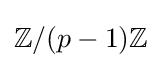
\mathbb {Z} /(p-1)\mathbb {Z}